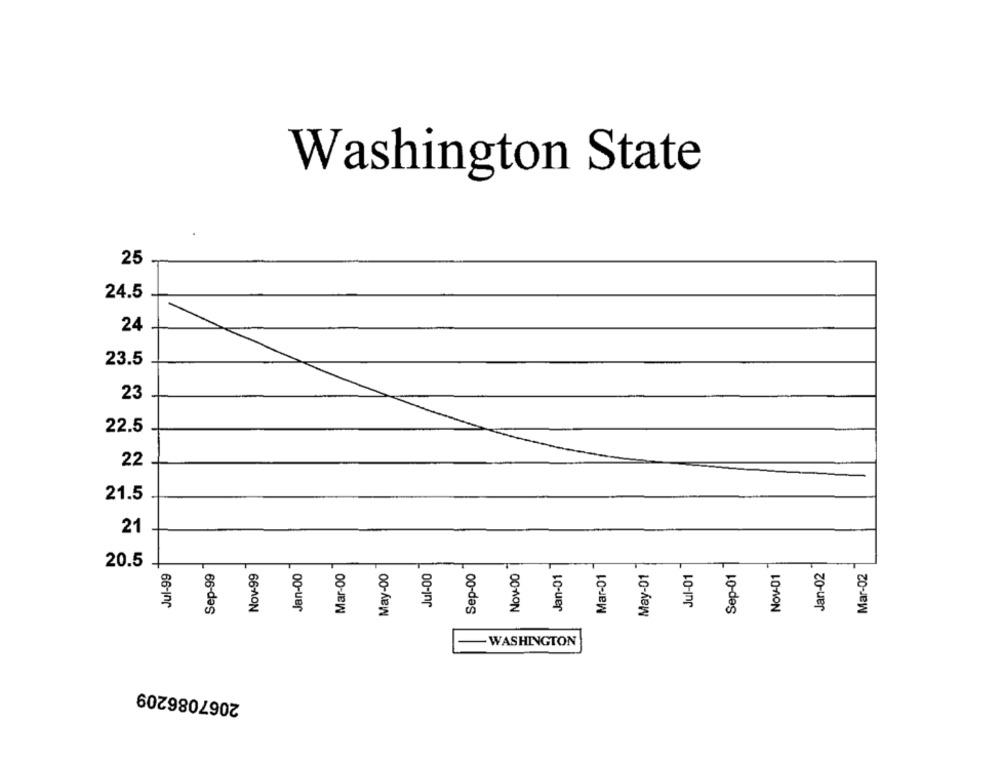
Washington State
25
24.5
24
23.5
23
22.5
22
21.5
21
20.5
Jan-00
Nov-00
Jul-01
Nov-01
Jan-02
Jul-99
Sep-99
Nov-99
Mar-00
May-00
Jul-00
Sep-00
Jan-01
Mar-01
May-01
Sep-01
Mar-02
- WASHINGTON
2067086209